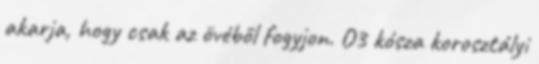
akarja, hogy csak az övéből fogyjon. O3 kósza korosztályi